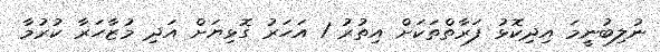
ނުލިބުނީމަ އިދިކޮޅު ފަރާތްތަކަށް އިތުރު 1 އަހަރު ގޮޅިޔަށް އަދި މުޒާހަރާ ކުރުމާ